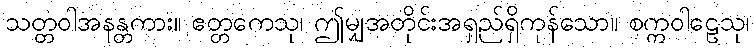
သတ္တဝါအနန္တကား။ ဧတ္တကေသု၊ ဤမျှအတိုင်းအရှည်ရှိကုန်သော။ စက္ကဝါဠေသု၊